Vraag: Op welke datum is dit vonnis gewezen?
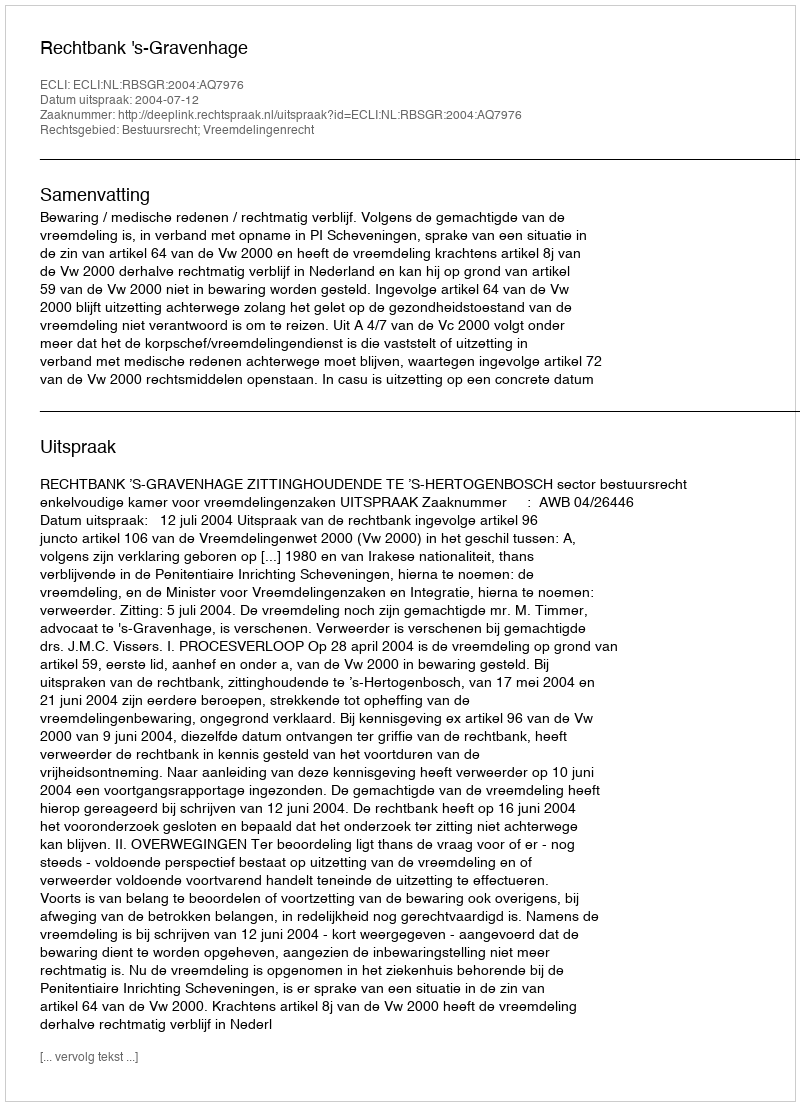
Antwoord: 2004-07-12